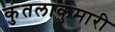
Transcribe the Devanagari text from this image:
कुंतलाकुमारी